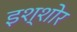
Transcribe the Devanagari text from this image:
इश्शोर